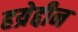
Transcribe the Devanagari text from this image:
हय्रेद्दीन